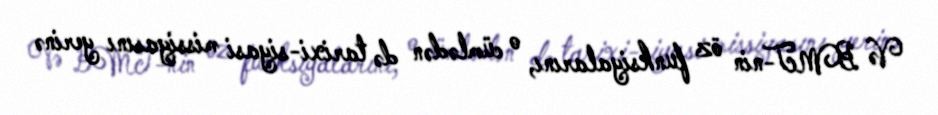
Və BMT-nin öz funksiyalarını, o cümlədən də tarixi-siyasi missiyasını yerinə